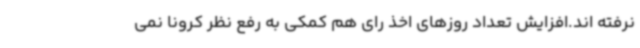
نرفته اند.افزایش تعداد روزهای اخذ رای هم کمکی به رفع نظر کرونا نمی